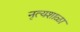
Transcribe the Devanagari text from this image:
नृत्यशाळा